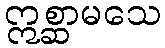
ဣစ္ဆာမသေ